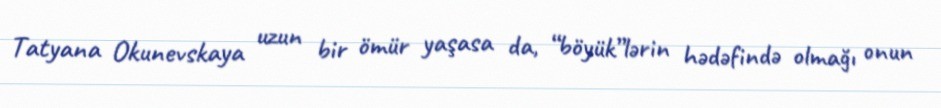
Tatyana Okunevskaya uzun bir ömür yaşasa da, “böyük”lərin hədəfində olmağı onun